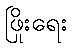
ဖြိုးရေး